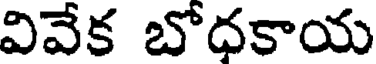
వివేక బోధకాయ